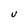
Character: U